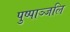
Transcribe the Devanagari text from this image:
पुष्पाञ्जलि